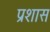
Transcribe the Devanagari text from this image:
प्रशास